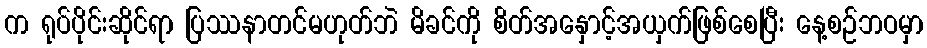
က ရုပ်ပိုင်းဆိုင်ရာ ပြဿနာတင်မဟုတ်ဘဲ မိခင်ကို စိတ်အနှောင့်အယှက်ဖြစ်စေပြီး နေ့စဉ်ဘဝမှာ